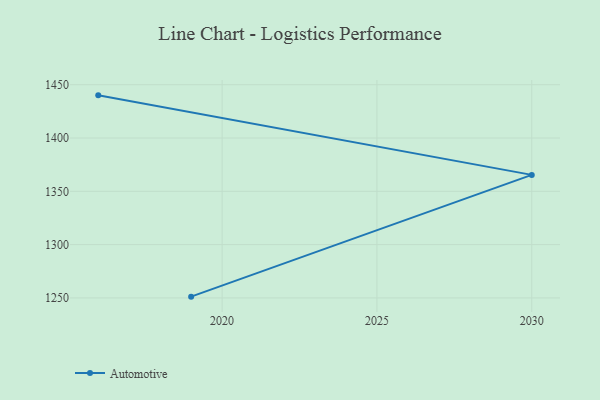
{"axis": {"x": "Year", "y": "Tickets Resolved"}, "legend": ["Automotive"], "data": [{"x": "2016", "y": 1440.0, "type": "Automotive"}, {"x": "2030", "y": 1365.4, "type": "Automotive"}, {"x": "2019", "y": 1251.2, "type": "Automotive"}]}